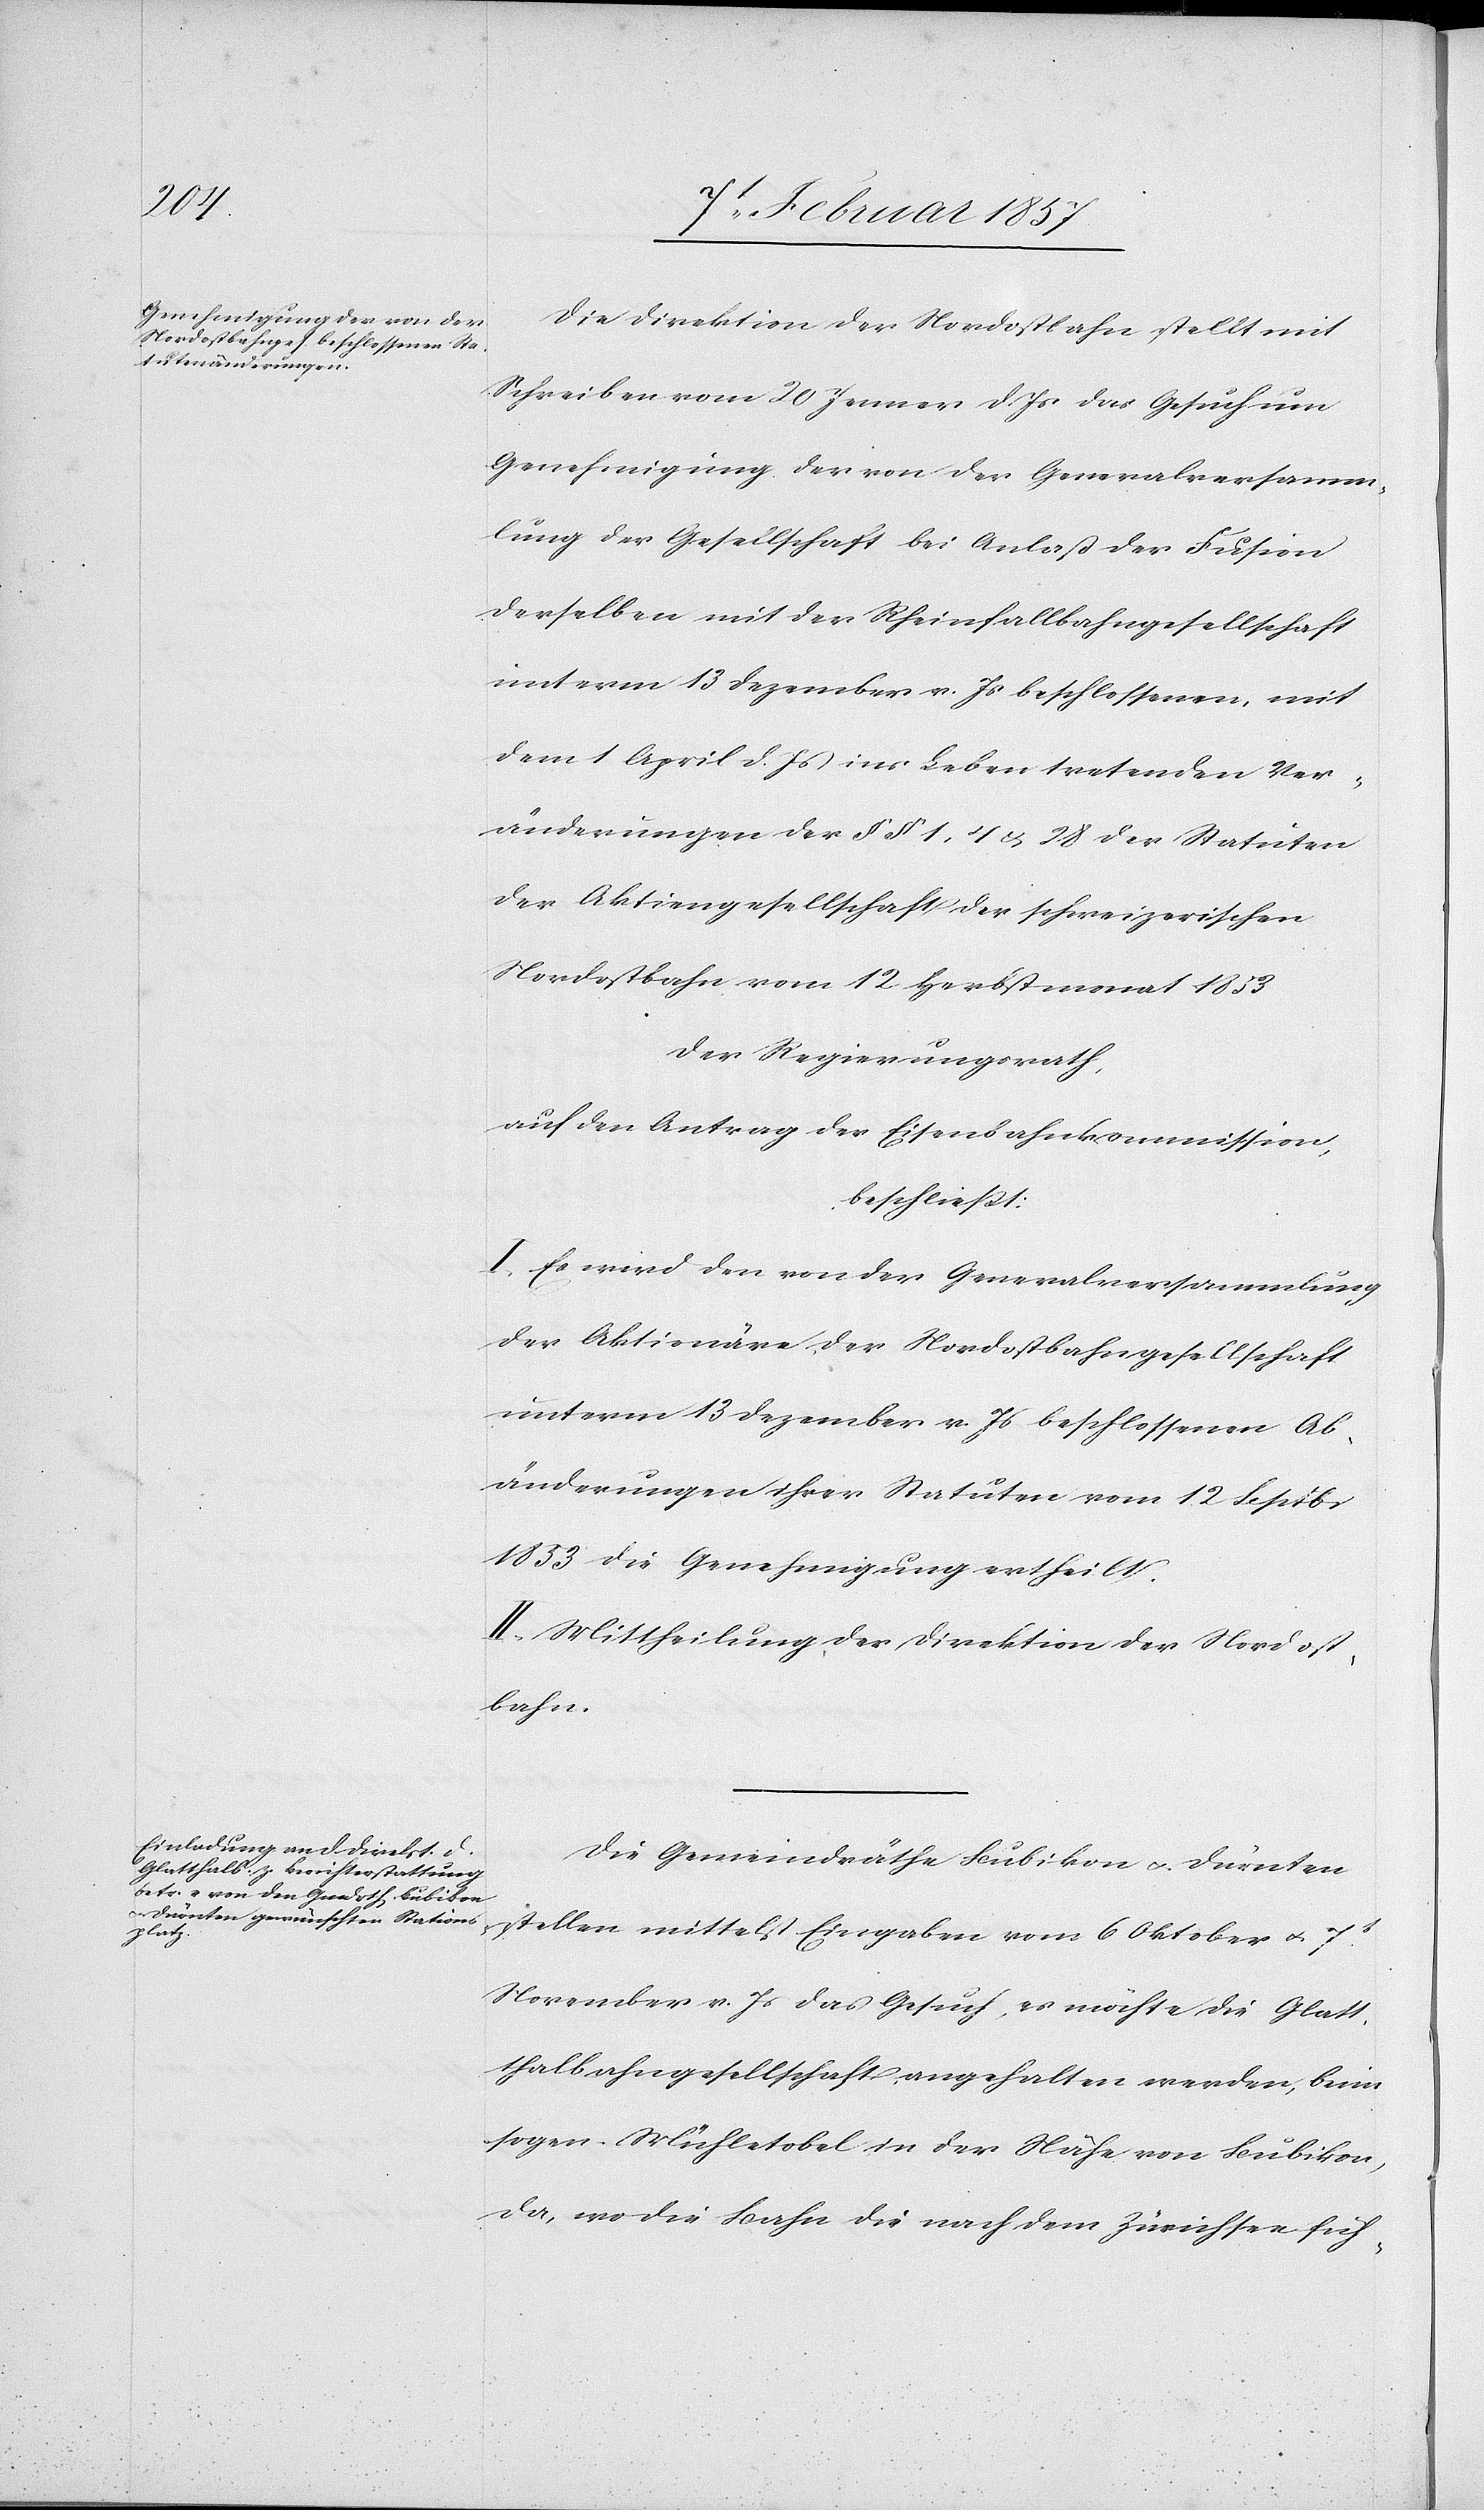
Die Direktion der Nordostbahn stellt mit
Schreiben vom 20 Jenner d. Js das Gesuch um
Genehmigung der von der Generalversamm¬
lung der Gesellschaft bei Anlass der Fusion
derselben mit der Rheinfallbahngesellschaft
unterm 13 Dezember v. Js. beschlossenen, mit
dem 1 April d. Js ins Leben tretenden Ver¬
änderungen der § § 1, 4 & 28 der Statuten
der Aktiengesellschaft der schweizerischen
Nordostbahn vom 12 Herbstmonat 1833
Der Regierungsrath,
auf den Antrag der Eisenbahnkommission,
beschliesst:
I. Es wird den von der Generalversammlung
der Aktionäre der Nordostbahngesellschaft
unterm 13 Dezember v. Js beschlossenen Ab¬
änderungen ihrer Statuten vom 12 Septbr
1853 die Genehmigung ertheilt.
II. Mittheilung der Direktion der Nordost¬
bahn.
Die Gemeindräthe Bubikon u. Dürnten
stellen mittelst Eingaben vom 6 Oktober u. 7t
November v. Js das Gesuch, es möchte die Glatt¬
thalbahngesellschaft angehalten werden, beim
sogen. Mühletobel in der Nähe von Bubikon,
da, wo die Bahn die nach dem Zürichsee füh-